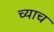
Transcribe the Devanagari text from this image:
च्याच